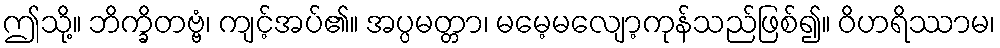
ဤသို့။ ဘိက္ခိတဗ္ဗံ၊ ကျင့်အပ်၏။ အပ္ပမတ္တာ၊ မမေ့မလျော့ကုန်သည်ဖြစ်၍။ ဝိဟရိဿာမ၊